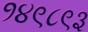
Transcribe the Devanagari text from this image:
१४९८९३